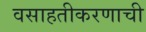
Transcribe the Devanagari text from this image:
वसाहतीकरणाची